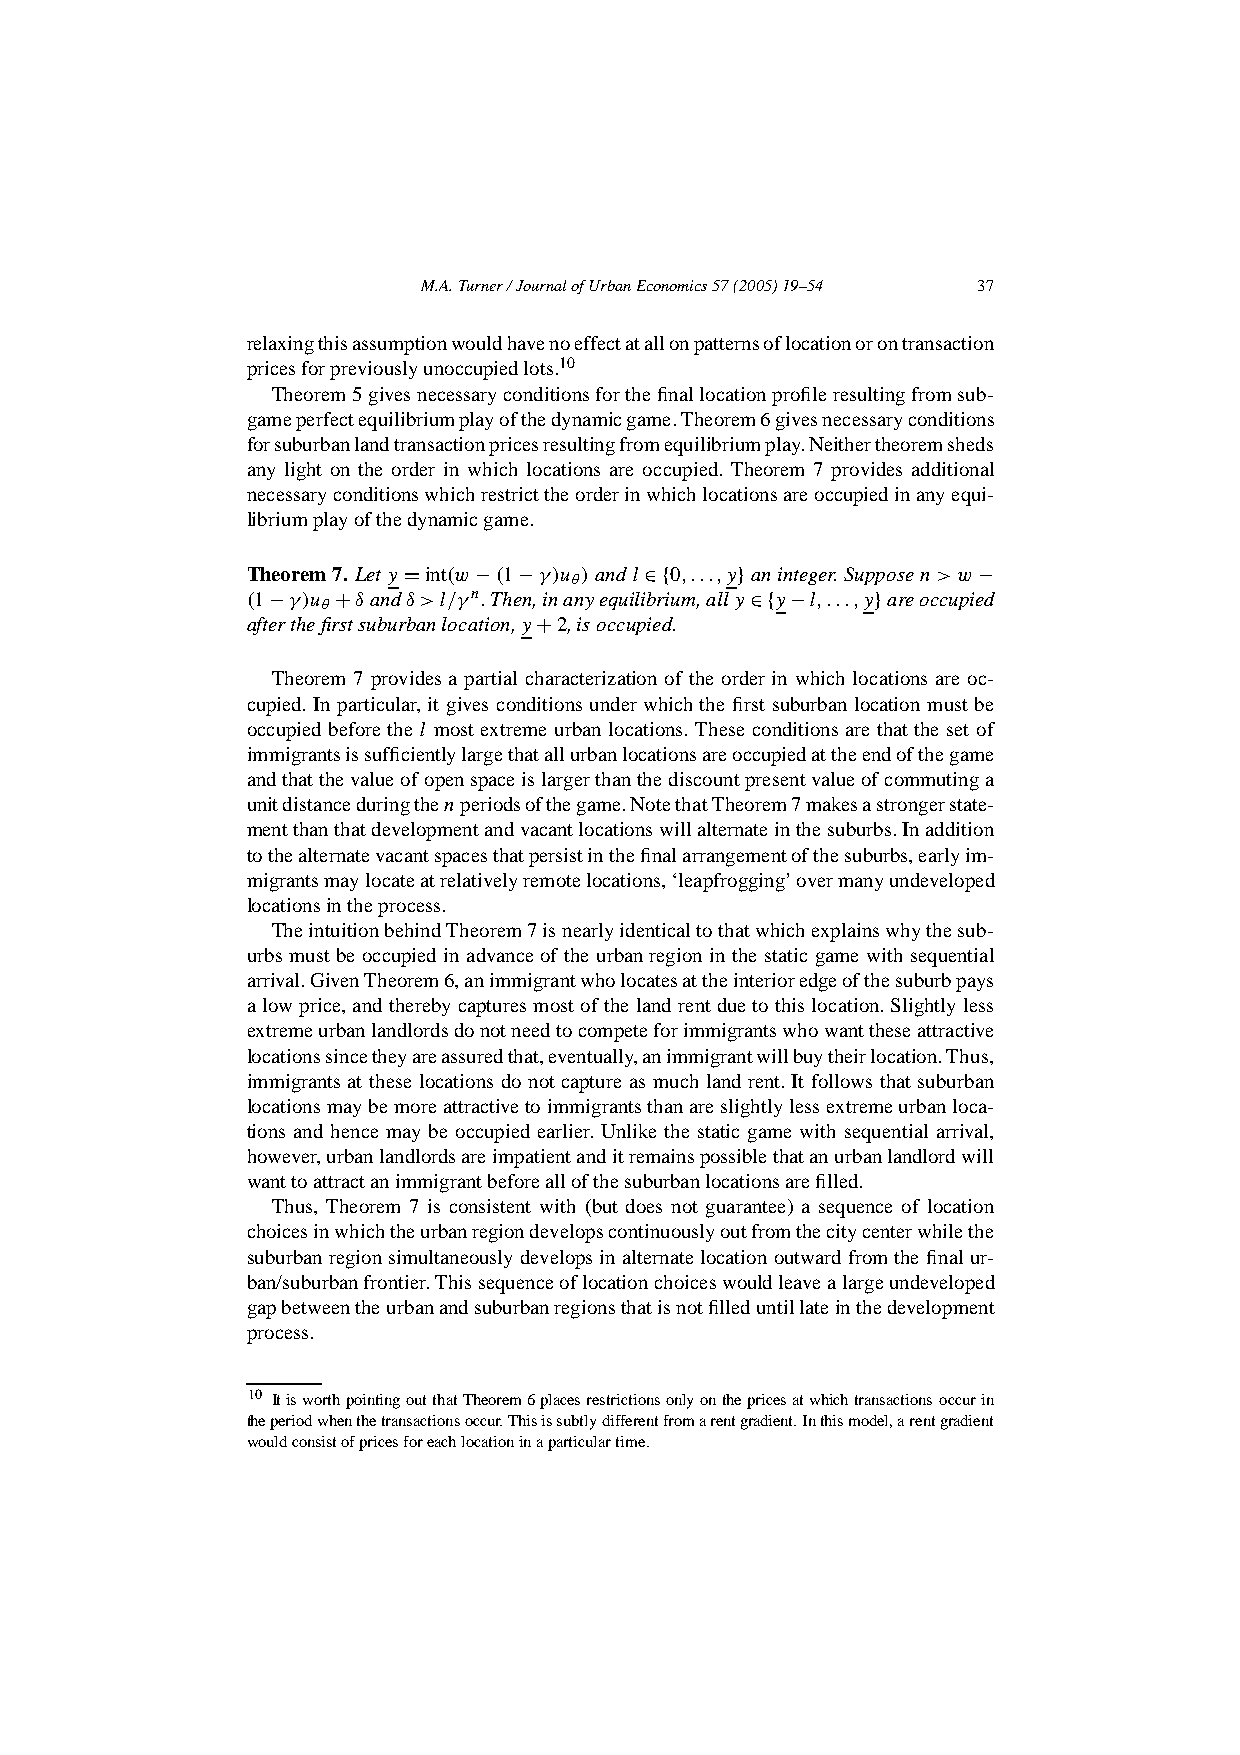
M.A.Turner/JournalofUrbanEconomics57(2005)19–54 37
 relaxingthisassumptionwouldhavenoeffectatallonpatternsoflocationorontransaction
 pricesforpreviouslyunoccupiedlots.10
 Theorem5givesnecessaryconditionsforthefinallocationprofileresultingfromsub-
 gameperfectequilibriumplayofthedynamicgame.Theorem6givesnecessaryconditions
 forsuburbanlandtransactionpricesresultingfromequilibriumplay.Neithertheoremsheds
 any light on the order in which locations are occupied. Theorem 7 provides additional
 necessaryconditionswhichrestricttheorderinwhichlocationsareoccupiedinanyequi-
 libriumplayofthedynamicgame.
 Theorem7.Lety=int(w−(1−γ)u ) andl∈{0,...,y} aninteger.Supposen>w−
 θ
 (1−γ)u +δandδ>l/γn.Then,inanyequilibrium,ally∈{y−l,...,y}areoccupied
 θ
 afterthefirstsuburbanlocation,y+2,isoccupied.
 Theorem 7 providesa partial characterization of the order in which locations are oc-
 cupied. In particular,it gives conditionsunder which the first suburbanlocation must be
 occupied beforethe l most extreme urban locations. These conditionsare that the set of
 immigrantsissufficientlylargethatallurbanlocationsareoccupiedattheendofthegame
 andthatthevalueofopenspaceislargerthanthediscountpresentvalueofcommutinga
 unitdistanceduringthenperiodsofthegame.NotethatTheorem7makesastrongerstate-
 mentthanthatdevelopmentandvacantlocationswillalternateinthesuburbs.Inaddition
 tothealternatevacantspacesthatpersistinthefinalarrangementofthesuburbs,earlyim-
 migrantsmaylocateatrelativelyremotelocations,‘leapfrogging’overmanyundeveloped
 locationsintheprocess.
 TheintuitionbehindTheorem7isnearlyidenticaltothatwhichexplainswhythesub-
 urbsmust be occupiedin advanceof the urbanregion in the static game with sequential
 arrival.GivenTheorem6,animmigrantwholocatesattheinterioredgeofthesuburbpays
 a low price,and therebycapturesmost of the land rentdue to thislocation.Slightly less
 extremeurbanlandlordsdonotneedtocompeteforimmigrantswhowanttheseattractive
 locationssincetheyareassuredthat,eventually,animmigrantwillbuytheirlocation.Thus,
 immigrantsat these locations do notcapture as much land rent. It follows that suburban
 locationsmaybemoreattractivetoimmigrantsthanareslightlylessextremeurbanloca-
 tions and hence may be occupied earlier. Unlike the static game with sequential arrival,
 however,urbanlandlordsareimpatientanditremainspossiblethatanurbanlandlordwill
 wanttoattractanimmigrantbeforeallofthesuburbanlocationsarefilled.
 Thus, Theorem 7 is consistent with (but does not guarantee) a sequence of location
 choicesinwhichtheurbanregiondevelopscontinuouslyoutfromthecitycenterwhilethe
 suburbanregionsimultaneouslydevelopsin alternatelocation outwardfrom the final ur-
 ban/suburbanfrontier.Thissequenceoflocationchoiceswouldleavealargeundeveloped
 gapbetweentheurbanandsuburbanregionsthatisnotfilleduntillateinthedevelopment
 process.
 10 ItisworthpointingoutthatTheorem6placesrestrictionsonlyonthepricesatwhichtransactionsoccurin
 theperiodwhenthetransactionsoccur.Thisissubtlydifferentfromarentgradient.Inthismodel,arentgradient
 wouldconsistofpricesforeachlocationinaparticulartime.